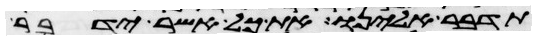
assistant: תדבר אלינו את כל אשר ידבר